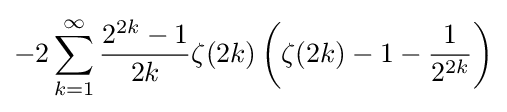
-2\sum _{k=1}^{\infty }{\frac {2^{2k}-1}{2k}}\zeta (2k)\left(\zeta (2k)-1-{\frac {1}{2^{2k}}}\right)